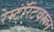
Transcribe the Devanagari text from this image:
रेस्टॉरंटवरून